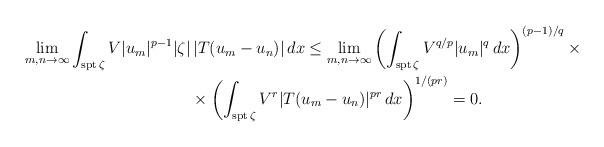
LaTeX: \begin{align*}\lim_{m,n\to\infty} \int_{\textrm{spt} \, \zeta} V| u_m|^{p-1} |\zeta| & \, |T(u_m-u_n)|\,dx \le \lim_{m,n\to\infty}\left(\int_{\textrm{spt} \, \zeta} V^{q/p}|u_m|^q\,dx\right)^{(p-1)/q} \times \\& \times \left(\int_{\textrm{spt} \, \zeta} V^{r}|T(u_m-u_n)|^{pr}\,dx\right)^{1/(pr)} = 0.\end{align*}